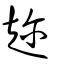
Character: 趁